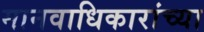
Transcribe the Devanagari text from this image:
मानवाधिकारांच्या